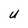
Character: U